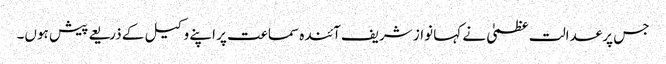
جس پر عدالت عظمیٰ نے کہا نواز شریف آئندہ سماعت پر اپنے وکیل کے ذریعے پیش ہوں۔